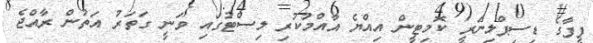
ފީފާގެ ޑިސިޕްލިނަރީ ކޮމިޓީން އިއްޔެ އާއްމުކުރި ލިސްޓުގައި ވަނީ ގަތަރު އަތުން ރާއްޖެ